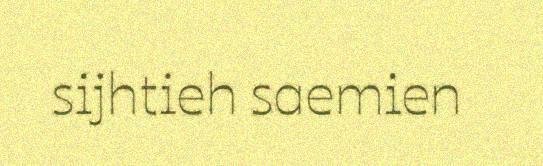
sijhtieh saemien